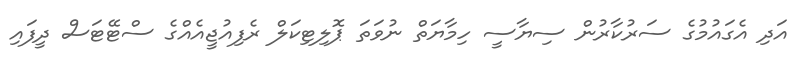
އަދި އެގައުމުގެ ސަރުކާރުން ސިޔާސީ ހިމާޔަތް ނުވަތަ ޕޮލިޓިކަލް ރެފިއުޖީއެއްގެ ސްޓޭޓަސް ދީފައި